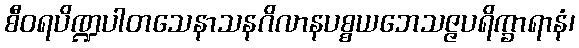
စီဝရပိဏ္ဍပါတသေနာသနဂိလာနပစ္စယဘေသဇ္ဇပရိက္ခာရာနံ၊